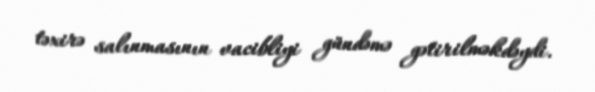
təxirə salınmasının vacibliyi gündəmə gətirilməkdəydi.